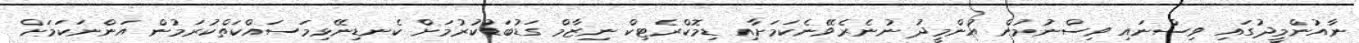
ނާއުންމީދުގައި ވިސްނައި ވިސްނުމުން އުންމީދު ނުނެރެވޭނެކަމަށާއި ޑިމޮކްރެޓިކް ނިޒާމް ގަޑުބަޑުކުރުމަށް ކެނޑިނޭޅިމަސައްކަތްކުރަމުން އަންނަކަމަށް